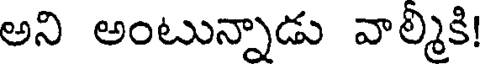
అని అంటున్నాడు వాల్మికి